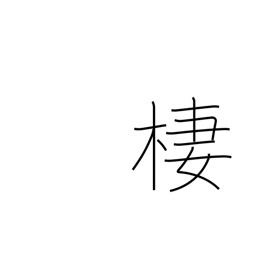
Meaning: dwell